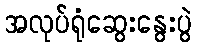
အလုပ်ရုံဆွေးနွေးပွဲ